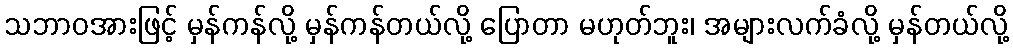
သဘာဝအားဖြင့် မှန်ကန်လို့ မှန်ကန်တယ်လို့ ပြောတာ မဟုတ်ဘူး၊ အများလက်ခံလို့ မှန်တယ်လို့